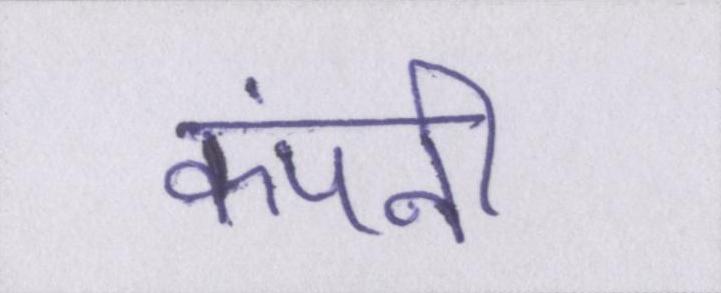
कंपनी